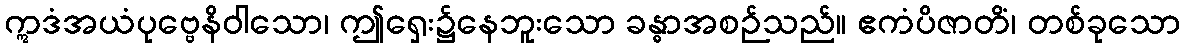
ဣဒံအယံပုဗ္ဗေနိဝါသော၊ ဤရှေး၌နေဘူးသော ခန္ဓာအစဉ်သည်။ ဧကံပိဇာတိံ၊ တစ်ခုသော